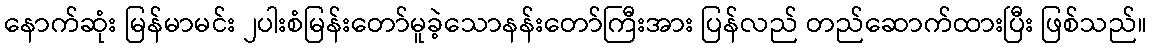
နောက်ဆုံး မြန်မာမင်း ၂ပါးစံမြန်းတော်မူခဲ့သောနန်းတော်ကြီးအား ပြန်လည် တည်ဆောက်ထားပြီး ဖြစ်သည်။